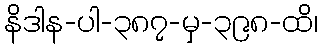
နိဒါန-ပါ-၃၈၇-မှ-၃၉၈-ထိ၊